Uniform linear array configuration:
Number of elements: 8
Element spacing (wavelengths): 0.5
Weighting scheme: blackman
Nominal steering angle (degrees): -45
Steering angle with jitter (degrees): -43.032
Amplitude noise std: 0.05
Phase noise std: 0.05

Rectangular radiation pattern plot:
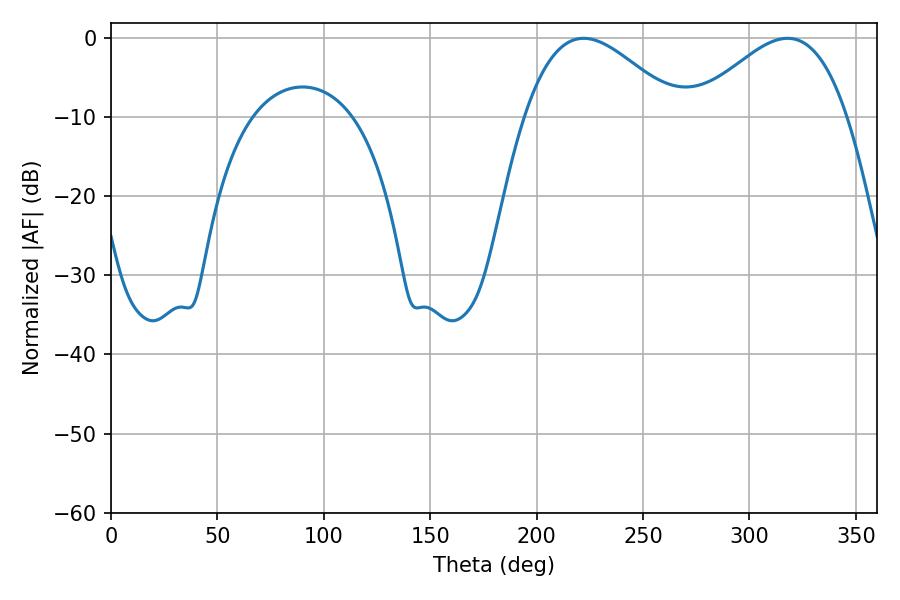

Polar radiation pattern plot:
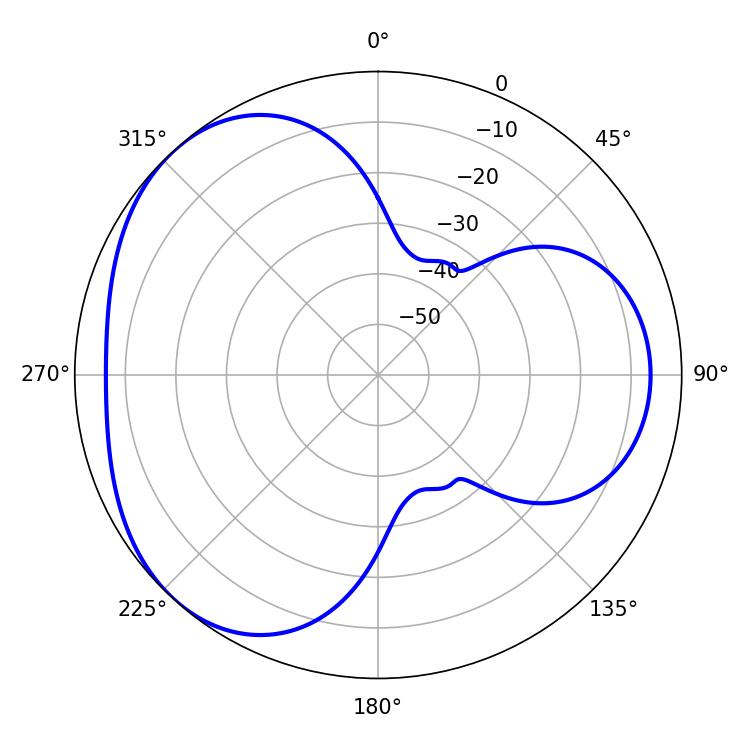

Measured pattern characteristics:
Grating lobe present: FALSE
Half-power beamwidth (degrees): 38.88
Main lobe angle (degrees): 222.12